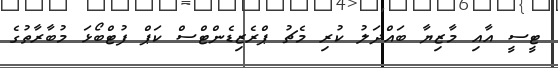
ޓީސީ އާއި މާޒިޔާ ބައްދަލު ކުރި މެޗު ޕްރެޒިޑެންޓްސް ކަޕް ފުޓްބޯޅަ މުބާރާތުގެ